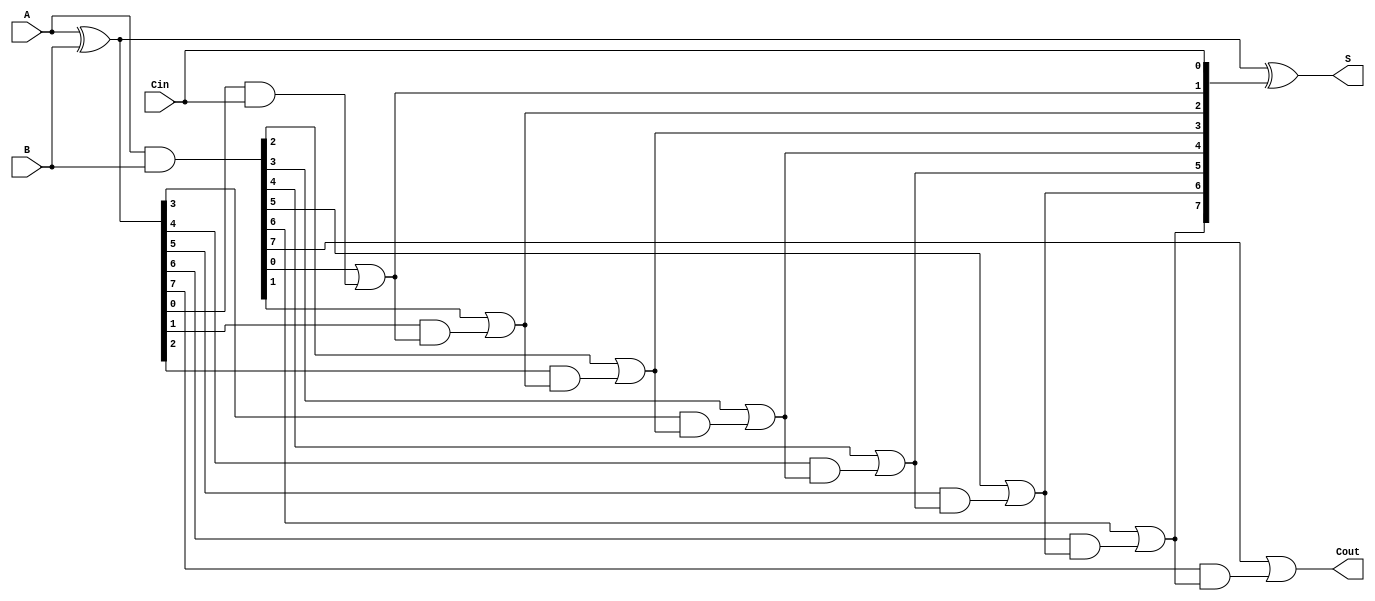
module PrecomputationCarryAdder #(parameter N = 8) (
    input  wire [N-1:0] A,      // First n-bit input
    input  wire [N-1:0] B,      // Second n-bit input
    input  wire Cin,             // Carry-in
    output wire [N-1:0] S,       // Sum output
    output wire Cout             // Carry-out
);

    // Generate and propagate signals
    wire [N-1:0] G; // Generate signals
    wire [N-1:0] P; // Propagate signals
    wire [N:0] C;   // Carry signals (C[0] is Cin)

    // Generate and propagate calculations
    assign G = A & B;           // G[i] = A[i] & B[i]
    assign P = A ^ B;           // P[i] = A[i] ^ B[i]

    // Carry computation
    assign C[0] = Cin;          // C[0] = Cin
    genvar i;
    generate
        for (i = 1; i <= N; i = i + 1) begin : carry_generation
            assign C[i] = G[i-1] | (P[i-1] & C[i-1]);
        end
    endgenerate

    // Sum calculation
    assign S = A ^ B ^ C[N-1:0]; // S[i] = A[i] ^ B[i] ^ C[i]

    // Carry-out is the last carry
    assign Cout = C[N];

endmodule